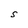
Character: S